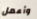
وأعمل